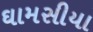
ઘામસીયા